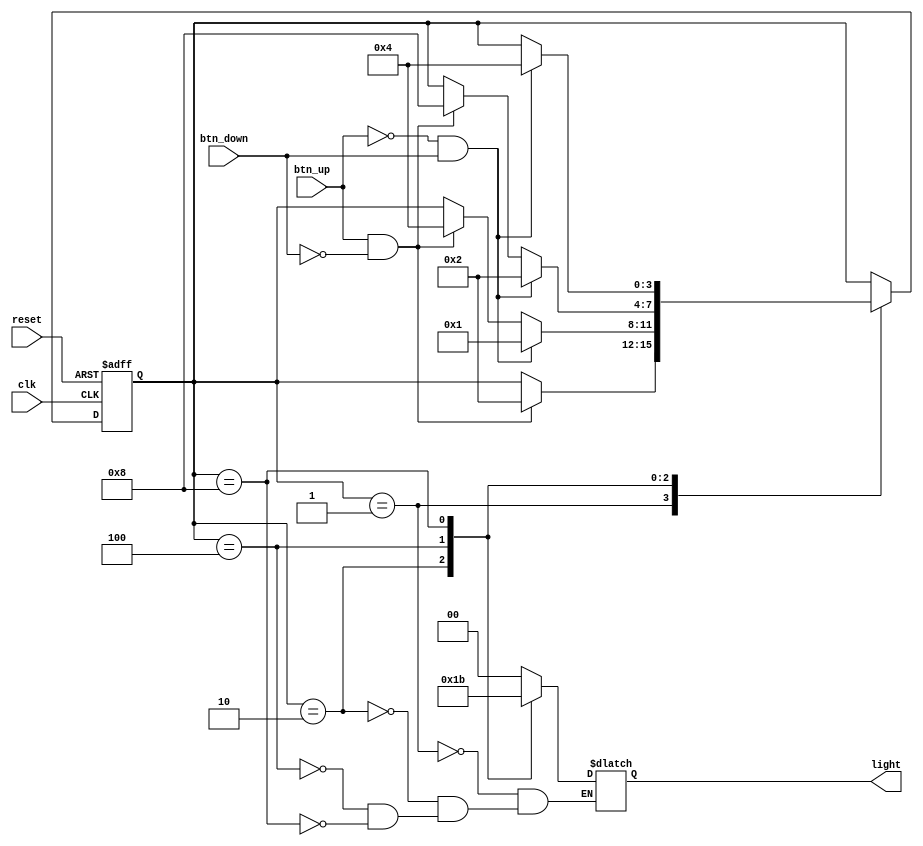
module light_4lvl
(
	input clk,
	input reset,
	input btn_up,
	input btn_down,
	
	output reg [1:0] light
);
parameter S00 = 4'd1;
parameter S01 = 4'd2;
parameter S10 = 4'd4;
parameter S11 = 4'd8;
reg [3:0] state;
reg [3:0] next_state;

always@(posedge clk or posedge reset)
begin
	if (reset)begin
		state <= S00;
	end else begin
		state <= next_state;
	end
end

always@(*)
begin
	next_state = state;
	case(state)
	S00:
		if (btn_up & !btn_down)
			next_state = S01;
	S01:begin
		if (btn_up & !btn_down)
			next_state = S10;
		if (!btn_up & btn_down)
			next_state = S00;
	end
	S10:begin
		if (btn_up & !btn_down)
			next_state = S11;
		if (!btn_up & btn_down)
			next_state = S01;
	end
	S11:
		if (!btn_up & btn_down)
			next_state = S10;
	endcase
end
always@(*)begin
	case(state)
	S00:light = 2'b00;
	S01:light = 2'b01;
	S10:light = 2'b10;
	S11:light = 2'b11;
	endcase
end

endmodule